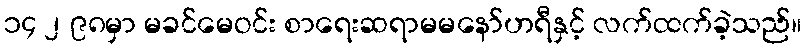
၁၄ ၂ ၉၈မှာ မခင်မေဝင်း စာရေးဆရာမမနော်ဟရီနှင့် လက်ထက်ခဲ့သည်။